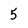
Character: 5